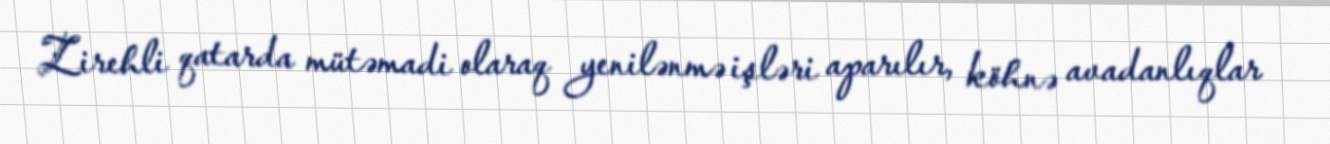
Zirehli qatarda mütəmadi olaraq yenilənmə işləri aparılır, köhnə avadanlıqlar